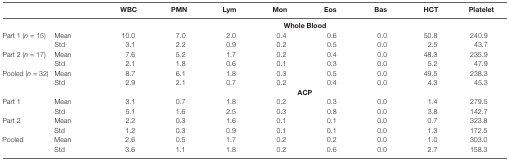
<table><thead><tr><td></td><td></td><td><b>WBC</b></td><td><b>PMN</b></td><td><b>Lym</b></td><td><b>Mon</b></td><td><b>Eos</b></td><td><b>Bas</b></td><td><b>HCT</b></td><td><b>Platelet</b></td></tr></thead><tbody><tr><td></td><td></td><td colspan="8"><b>Whole Blood</b></td></tr><tr><td rowspan="2">Part 1 (<i>n</i> = 15)</td><td>Mean</td><td>10.0</td><td>7.0</td><td>2.0</td><td>0.4</td><td>0.6</td><td>0.0</td><td>50.8</td><td>240.9</td></tr><tr><td>Std</td><td>3.1</td><td>2.2</td><td>0.9</td><td>0.2</td><td>0.5</td><td>0.0</td><td>2.5</td><td>43.7</td></tr><tr><td rowspan="2">Part 2 (<i>n</i> = 17)</td><td>Mean</td><td>7.6</td><td>5.2</td><td>1.7</td><td>0.2</td><td>0.4</td><td>0.0</td><td>48.3</td><td>235.9</td></tr><tr><td>Std</td><td>2.1</td><td>1.8</td><td>0.6</td><td>0.1</td><td>0.3</td><td>0.0</td><td>5.2</td><td>47.9</td></tr><tr><td rowspan="2">Pooled (<i>n</i> = 32)</td><td>Mean</td><td>8.7</td><td>6.1</td><td>1.8</td><td>0.3</td><td>0.5</td><td>0.0</td><td>49.5</td><td>238.3</td></tr><tr><td>Std</td><td>2.9</td><td>2.1</td><td>0.7</td><td>0.2</td><td>0.4</td><td>0.0</td><td>4.3</td><td>45.3</td></tr><tr><td></td><td></td><td colspan="8"><b>ACP</b></td></tr><tr><td rowspan="2">Part 1</td><td>Mean</td><td>3.1</td><td>0.7</td><td>1.8</td><td>0.2</td><td>0.3</td><td>0.0</td><td>1.4</td><td>279.5</td></tr><tr><td>Std</td><td>5.1</td><td>1.6</td><td>2.5</td><td>0.3</td><td>0.8</td><td>0.0</td><td>3.8</td><td>142.7</td></tr><tr><td rowspan="2">Part 2</td><td>Mean</td><td>2.2</td><td>0.3</td><td>1.6</td><td>0.1</td><td>0.1</td><td>0.0</td><td>0.7</td><td>323.8</td></tr><tr><td>Std</td><td>1.2</td><td>0.3</td><td>0.9</td><td>0.1</td><td>0.1</td><td>0.0</td><td>1.3</td><td>172.5</td></tr><tr><td rowspan="2">Pooled</td><td>Mean</td><td>2.6</td><td>0.5</td><td>1.7</td><td>0.2</td><td>0.2</td><td>0.0</td><td>1.0</td><td>303.0</td></tr><tr><td>Std</td><td>3.6</td><td>1.1</td><td>1.8</td><td>0.2</td><td>0.6</td><td>0.0</td><td>2.7</td><td>158.3</td></tr></tbody></table>